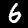
Label: 6